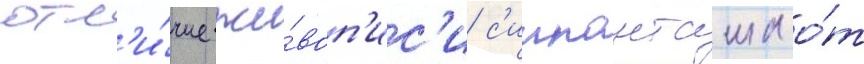
отл'и́чие жи́воп'ис'и с'иипанташа о́т